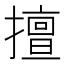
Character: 擅